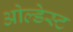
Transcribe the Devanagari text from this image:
ओल्डेस्ट